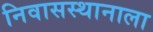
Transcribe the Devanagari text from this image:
निवासस्थानाला